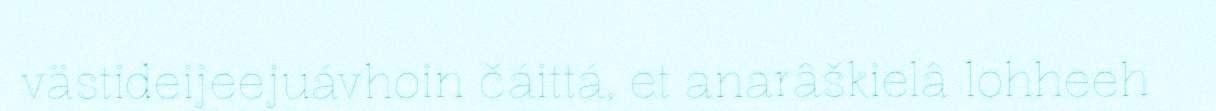
västideijeejuávhoin čáittá, et anarâškielâ lohheeh